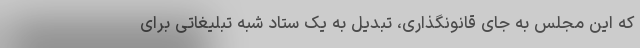
که این مجلس به جای قانونگذاری، تبدیل به یک ستاد شبه تبلیغاتی برای